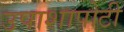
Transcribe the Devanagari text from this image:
उपाशापोटी